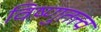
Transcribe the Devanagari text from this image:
विष्णुतत्त्व